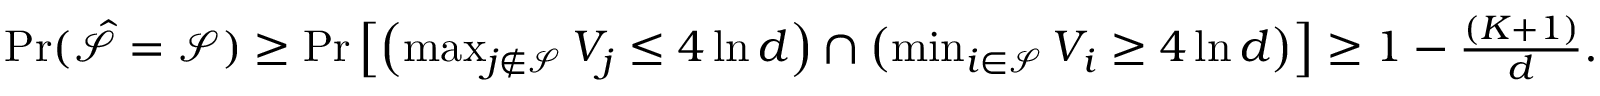
\begin{array} { r } { \operatorname* { P r } ( \hat { \mathcal { S } } = \mathcal { S } ) \geq \operatorname* { P r } \left[ \left( \operatorname* { m a x } _ { j \not \in \mathcal { S } } V _ { j } \leq 4 \ln d \right) \cap \left( \operatorname* { m i n } _ { i \in \mathcal { S } } V _ { i } \geq 4 \ln d \right) \right] \geq 1 - \frac { ( K + 1 ) } { d } . } \end{array}